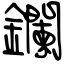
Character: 鑭